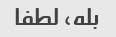
بله، لطفا